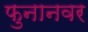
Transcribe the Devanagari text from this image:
फुनानवर